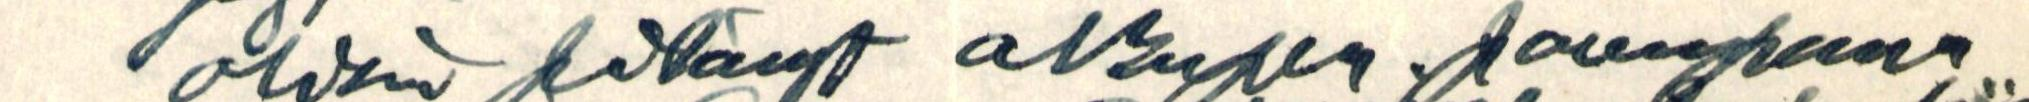
olisin pitänyt alkuper. parempana